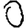
Digit: 0